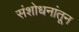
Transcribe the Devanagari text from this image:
संशोधनांतून